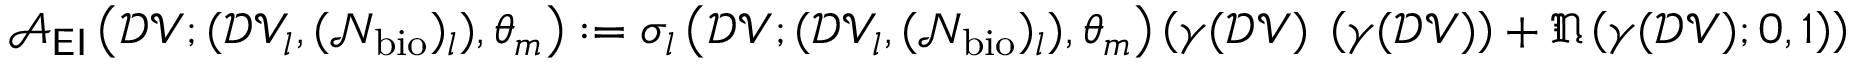
\begin{array} { r } { \mathcal { A } _ { \sf E I } \left( \mathcal { D V } ; ( \mathcal { D V } _ { l } , ( \mathcal { N } _ { \mathrm { b i o } } ) _ { l } ) , \theta _ { m } \right) : = \sigma _ { l } \left( \mathcal { D V } ; ( \mathcal { D V } _ { l } , ( \mathcal { N } _ { \mathrm { b i o } } ) _ { l } ) , \theta _ { m } \right) \left( \gamma ( \mathcal { D V } ) { \bf \Phi } \left( \gamma ( \mathcal { D V } ) \right) + \mathfrak { N } \left( \gamma ( \mathcal { D V } ) ; 0 , 1 \right) \right) } \end{array}